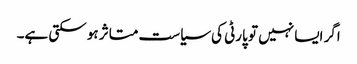
اگر ایسا نہیں تو پارٹی کی سیاست متاثر ہو سکتی ہے۔